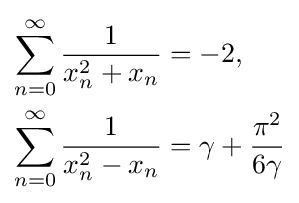
{\begin{aligned}\sum _{n=0}^{\infty }{\frac {1}{x_{n}^{2}+x_{n}}}&=-2,\\\sum _{n=0}^{\infty }{\frac {1}{x_{n}^{2}-x_{n}}}&=\gamma +{\frac {\pi ^{2}}{6\gamma }}\end{aligned}}